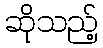
ဆိုသည့်